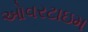
ઓવરટાઇમ